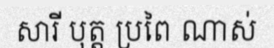
សារី បុត្ត ប្រពៃ ណាស់